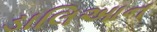
ડાલિઆન